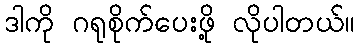
ဒါကို ဂရုစိုက်ပေးဖို့ လိုပါတယ်။